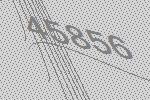
45856